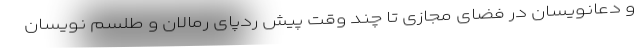
و دعانویسان در فضای مجازی تا چند وقت پیش ردپای رمالان و طلسم نویسان